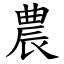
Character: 農